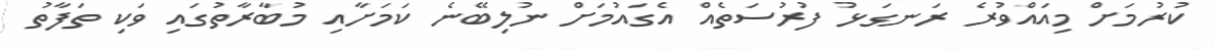
ކުރުމަށް މިއައްވުރެ ރަނގަޅު ފުރުސަތެއް އެގައުމަށް ނުލިބޭނެ ކަމަށާއި މުބާރާތުގައި ވަކި ތަފާތު